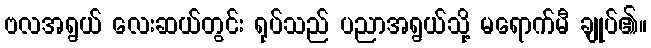
ဗလအရွယ် လေးဆယ်တွင်း ရုပ်သည် ပညာအရွယ်သို့ မရောက်မီ ချုပ်၏။